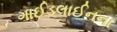
ગાઈડલાઈનના